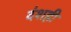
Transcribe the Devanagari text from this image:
दंशही